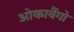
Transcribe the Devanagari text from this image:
ओकावैंगो